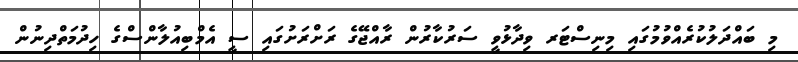
މި ބައްދަލުކުރެއްވުމުގައި މިނިސްޓަރ ވިދާޅުވީ ސަރުކާރުން ރާއްޖޭގެ ރަށްރަށުގައި ސީ އެމްބިއުލާންސްގެ ހިދުމަތްދިނުން